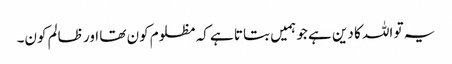
یہ تو اللہ کا دین ہے جو ہمیں بتاتا ہے کہ مظلوم کون تھا اور ظالم کون۔